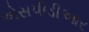
એસપીડીઆર